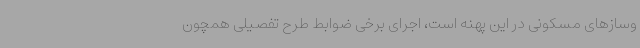
وسازهای مسکونی در این پهنه است، اجرای برخی ضوابط طرح تفصیلی همچون